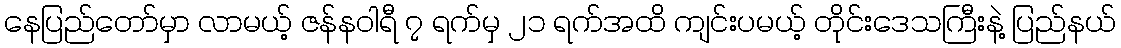
နေပြည်တော်မှာ လာမယ့် ဇန်နဝါရီ ၇ ရက်မှ ၂၁ ရက်အထိ ကျင်းပမယ့် တိုင်းဒေသကြီးနဲ့ ပြည်နယ်